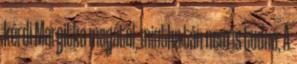
kérdi Margitka magától, mintha tán nem is tudná. A